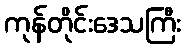
ကုန်တိုင်းဒေသကြီး